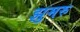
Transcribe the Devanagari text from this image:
झुमरु